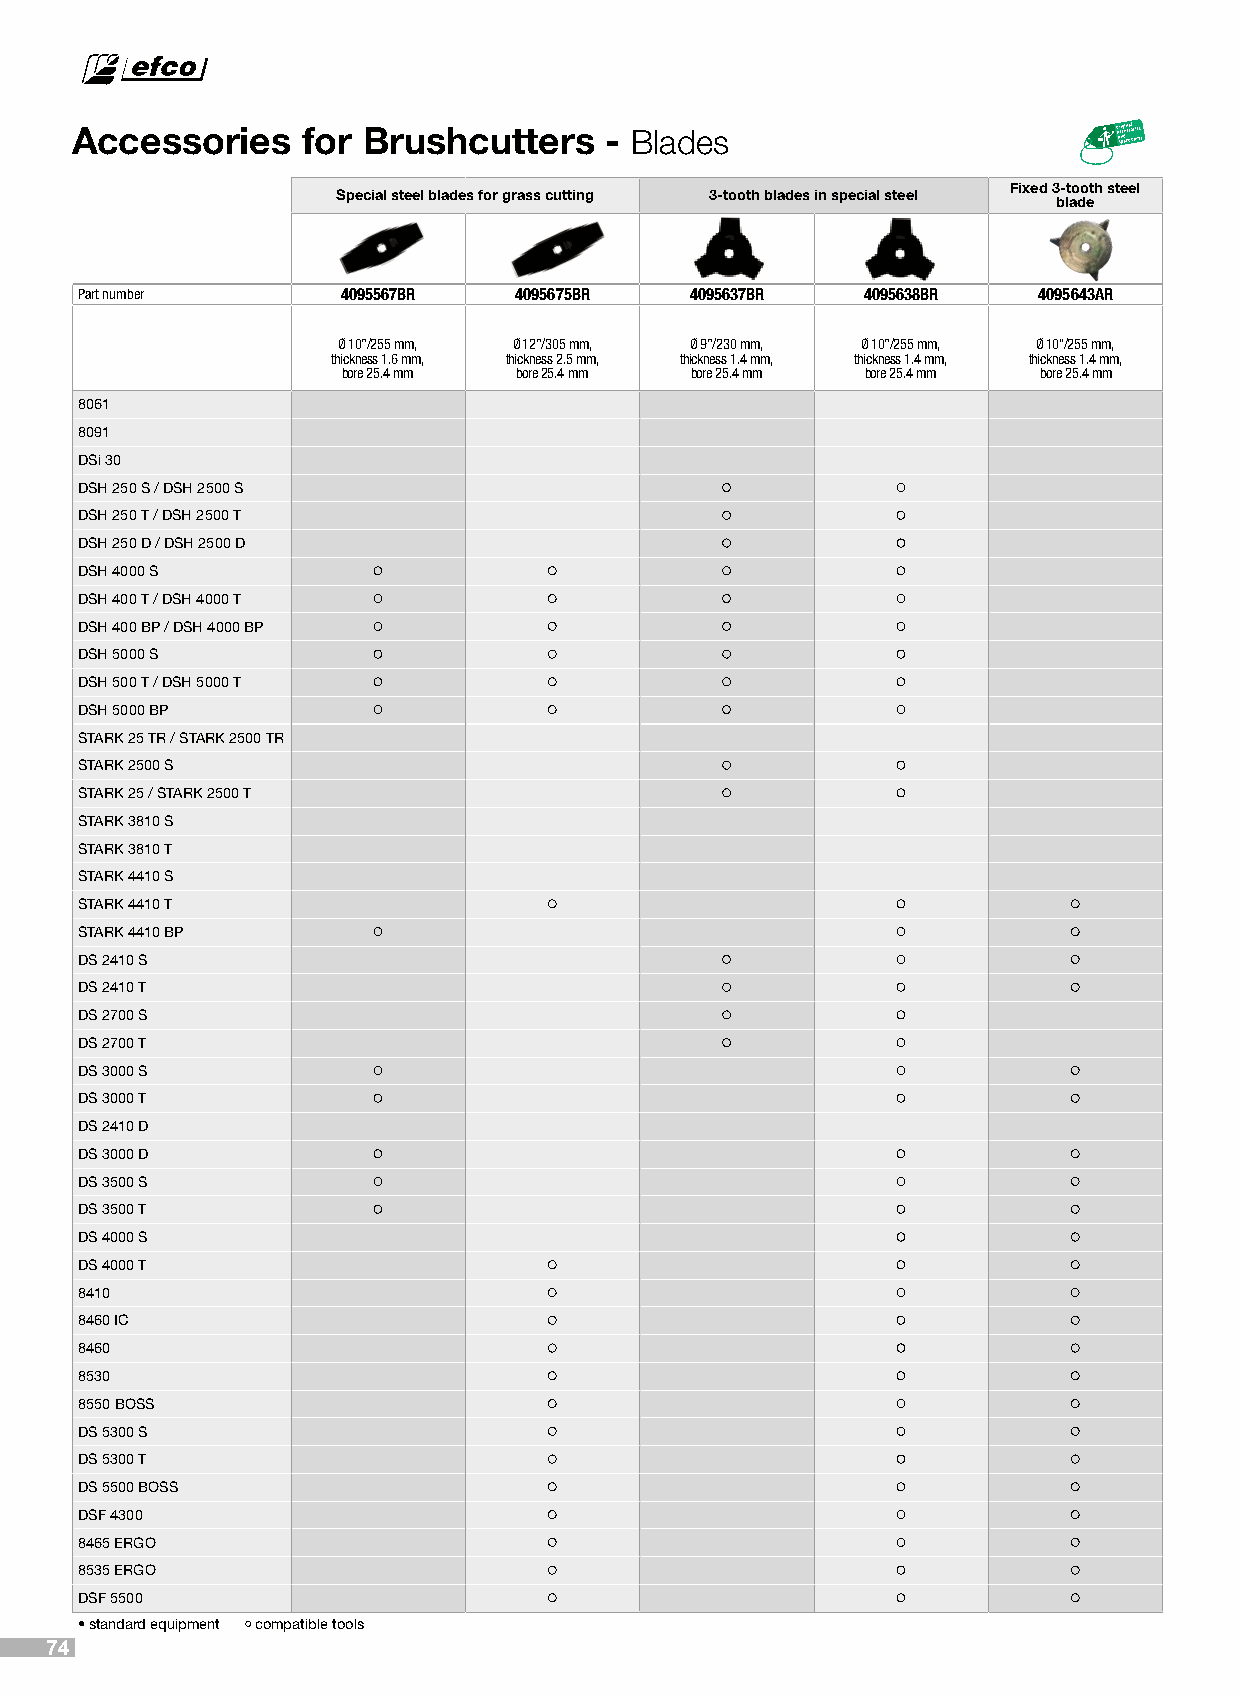
Accessories    for Brushcutters    - Blades
 Fixed 3-tooth steel
 Special steel blades for grass cutting 3-tooth blades in special steel
 blade
 Part number       4095567BR  4095675BR   4095637BR  4095638BR   4095643AR
 Ø 10”/255 mm, Ø 12”/305 mm, Ø 9”/230 mm, Ø 10”/255 mm, Ø 10’’/255 mm,
 thickness 1.6 mm, thickness 2.5 mm, thickness 1.4 mm, thickness 1.4 mm, thickness 1.4 mm,
 bore 25.4 mm bore 25.4 mm bore 25.4 mm bore 25.4 mm bore 25.4 mm
 8061
 8091
 DSi 30
 DSH 250 S / DSH 2500 S
 DSH 250 T / DSH 2500 T
 DSH 250 D / DSH 2500 D
 DSH 4000 S
 DSH 400 T / DSH 4000 T
 DSH 400 BP / DSH 4000 BP
 DSH 5000 S
 DSH 500 T / DSH 5000 T
 DSH 5000 BP
 STARK 25 TR / STARK 2500 TR
 STARK 2500 S
 STARK 25 / STARK 2500 T
 STARK 3810 S
 STARK 3810 T
 STARK 4410 S
 STARK 4410 T
 STARK 4410 BP
 DS 2410 S
 DS 2410 T
 DS 2700 S
 DS 2700 T
 DS 3000 S
 DS 3000 T
 DS 2410 D
 DS 3000 D
 DS 3500 S
 DS 3500 T
 DS 4000 S
 DS 4000 T
 8410
 8460 IC
 8460
 8530
 8550 BOSS
 DS 5300 S
 DS 5300 T
 DS 5500 BOSS
 DSF 4300
 8465 ERGO
 8535 ERGO
 DSF 5500
 • standard equipment compatible tools
 74